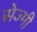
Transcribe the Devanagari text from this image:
सेज्मी